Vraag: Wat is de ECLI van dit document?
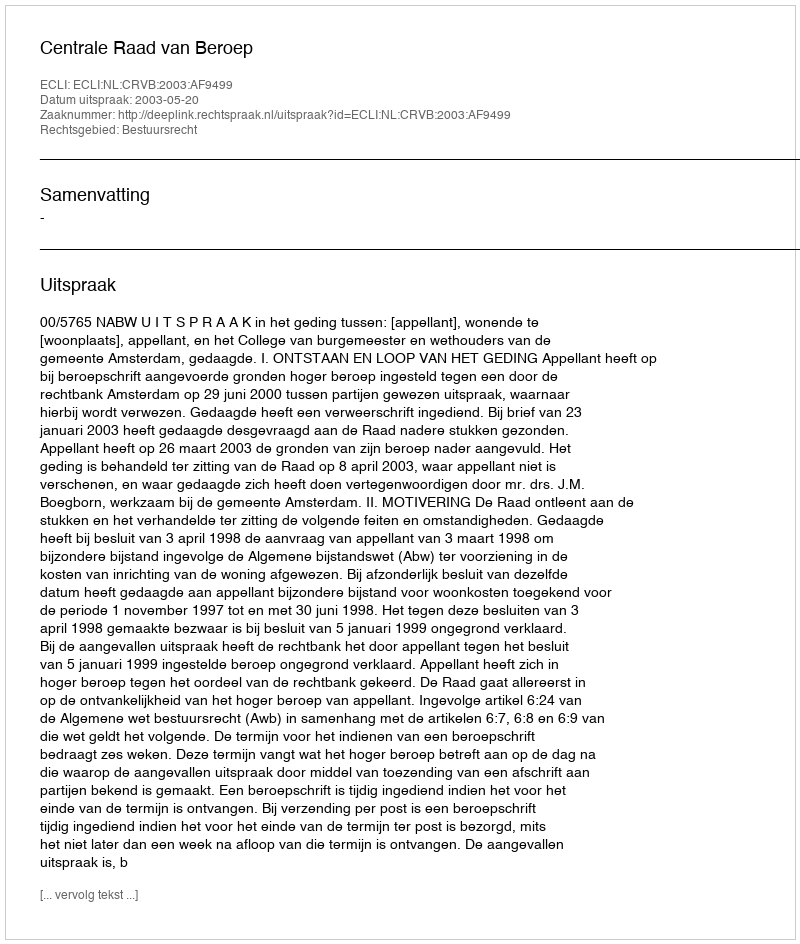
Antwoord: ECLI:NL:CRVB:2003:AF9499